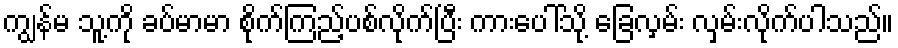
ကျွန်မ သူ့ကို ခပ်မာမာ စိုက်ကြည့်ပစ်လိုက်ပြီး ကားပေါ်သို့ ခြေလှမ်း လှမ်းလိုက်ပါသည်။